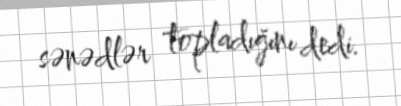
sənədlər topladığını dedi.